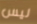
ليس